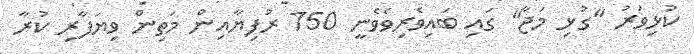
ކުޅިވަރު "ގުޅި މަޖާ" ގައި ބައިވެރިވެވެނީ 750 ރުފިޔާއިން މަތިން ވިޔަފާރި ކުރާ